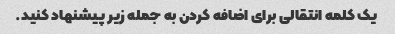
یک کلمه انتقالی برای اضافه کردن به جمله زیر پیشنهاد کنید.